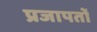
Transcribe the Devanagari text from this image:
प्रजापतों